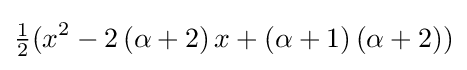
{\tfrac {1}{2}}(x^{2}-2\left(\alpha +2\right)x+\left(\alpha +1\right)\left(\alpha +2\right))